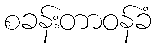
စခန်းတာဝန်ခံ